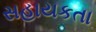
સહાયકતા